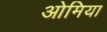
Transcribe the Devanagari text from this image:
ओमिया